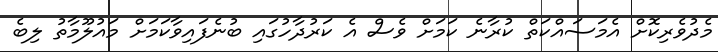
މެދުވެރިކޮށް އެމަސައްކަތް ކުރާނެ ކަމަށް ވެސް އެ ކަރުދާހުގައި ބުނެފައިވާކަމަށް މައުލޫމާތު ލިބެ